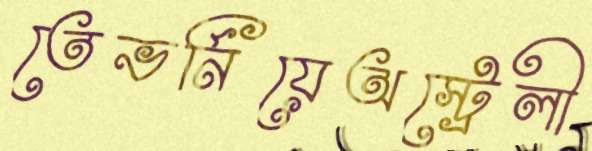
তেভর্নিয়েঅস্ট্রেলী